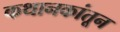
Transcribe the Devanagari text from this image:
कथानकांतून